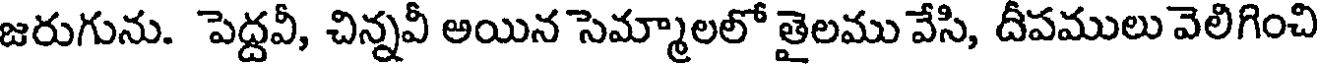
జరుగును. పెద్దవీ, చిన్నవీ అయిన సెమ్మాలలో తైలము వేసి, దీపములు వెలిగించి